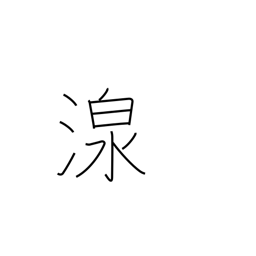
Meaning: spring